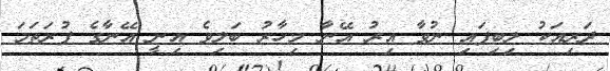
ދަރިއަކު ލިބިފައި ނުވާ އިރު އޭނާ މިހާރު ބަލިވެ އިނީ އޭނާގެ ފުރަތަމަ